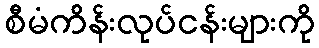
စီမံကိန်းလုပ်ငန်းများကို